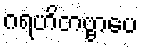
ဂရဟိတဗ္ဗာပေ